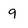
Character: 9